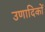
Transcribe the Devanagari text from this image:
उणादिकों